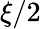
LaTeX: \xi/2